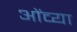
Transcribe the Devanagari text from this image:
ओंव्या